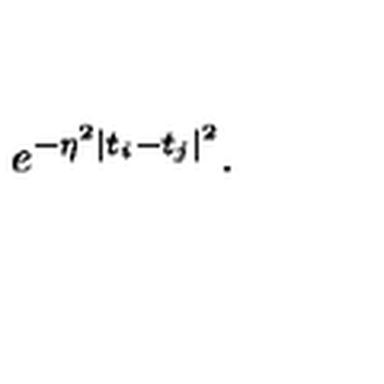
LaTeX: e ^ { - \eta ^ { 2 } \mid t _ { i } - t _ { j } \mid ^ { 2 } } .